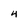
Character: 4